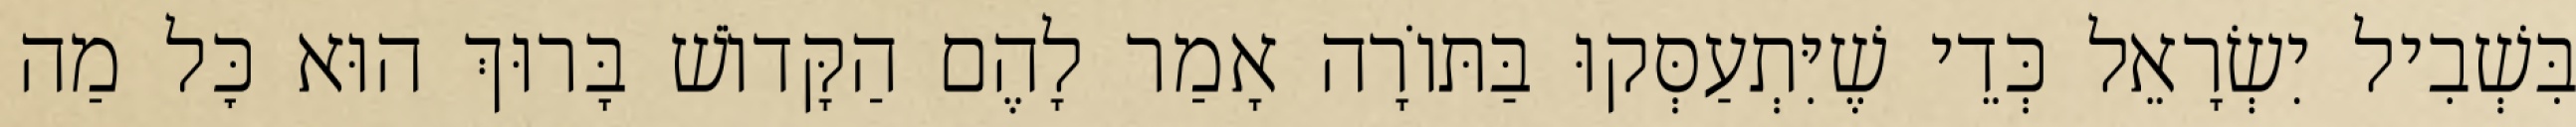
בִּשְׁבִיל יִשְׂרָאֵל כְּדֵי שֶׁיִּתְעַסְּקוּ בַּתּוֹרָה אָמַר לָהֶם הַקָּדוֹשׁ בָּרוּךְ הוּא כׇּל מַה